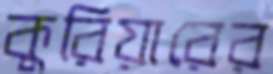
কুরিয়ারের